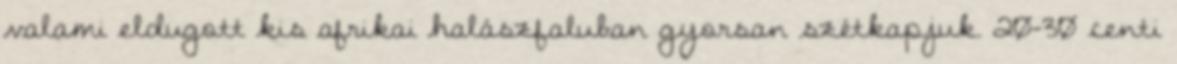
valami eldugott kis afrikai halászfaluban gyorsan szétkapjuk. 20-30 centi